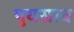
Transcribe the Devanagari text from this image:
पुयस्राव